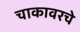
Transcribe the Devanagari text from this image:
चाकावरचे